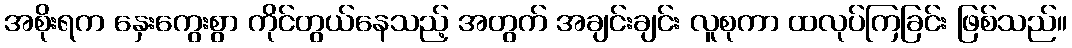
အစိုးရက နှေးကွေးစွာ ကိုင်တွယ်နေသည့် အတွက် အချင်းချင်း လူစုကာ ထလုပ်ကြခြင်း ဖြစ်သည်။